Jaan_Tonisson_(Lasteleht), lk 38
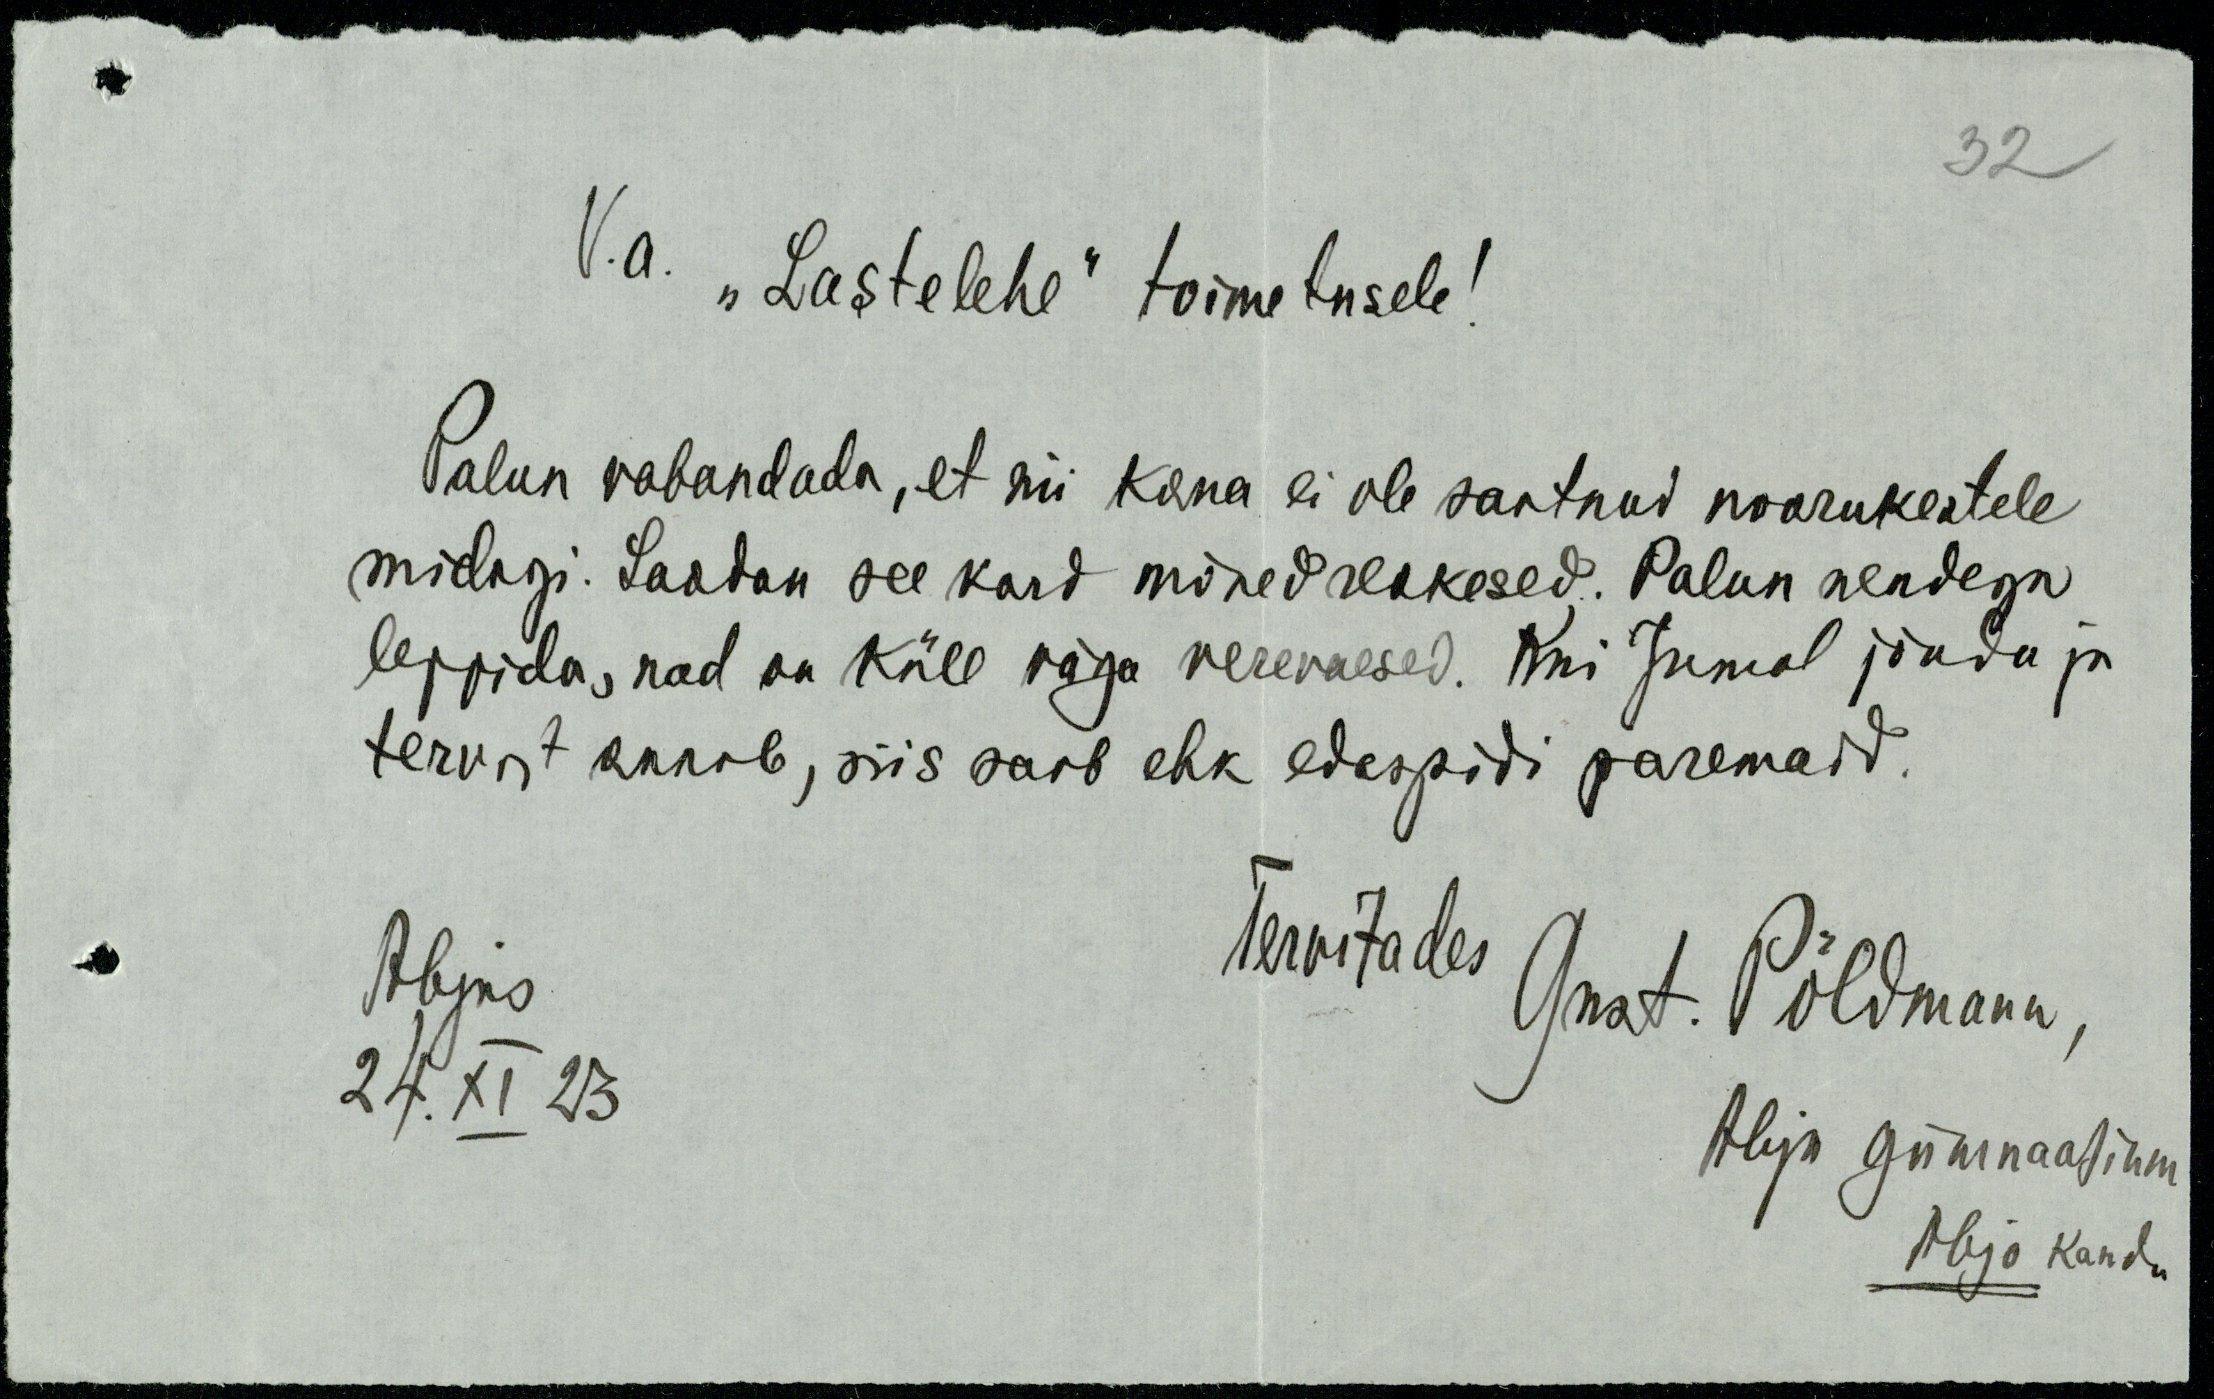
V. a. „Lastelehe“ toimetusele!
Palun vabandada, et nii kaua ei ole saatnud noorukestele
midagi. Saadan see kord mõned reakesed. Palun nendega
leppida, nad on küll väga verevaesed. Kui Jumal jõudu ja 
tervist annab, siis saab ehk edaspidi paremaid.
Tervitades
Abjas
Gust. Põldmann,
24. XI 23
Abja gümnaasium